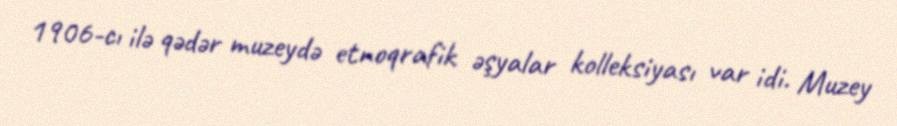
1906-cı ilə qədər muzeydə etnoqrafik əşyalar kolleksiyası var idi. Muzey